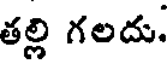
తల్లి గలదు.